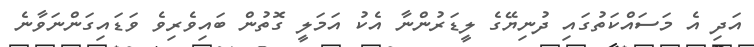
އަދި އެ މަސައްކަތުގައި ދުނިޔޭގެ ލީޑަރުންނާ އެކު އަމަލީ ގޮތުން ބައިވެރިވެ ވަޑައިގަންނަވާނެ